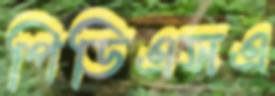
পিডিএসএ